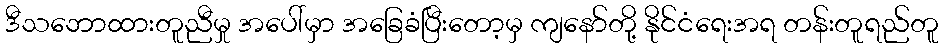
ဒီသဘောထားတူညီမှု အပေါ်မှာ အခြေခံပြီးတော့မှ ကျနော်တို့ နိုင်ငံရေးအရ တန်းတူရည်တူ